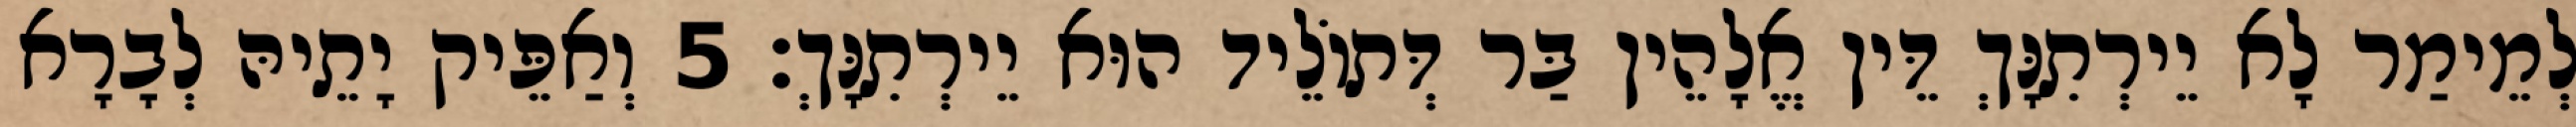
לְמֵימַר לָא יֵירְתִנָּךְ דֵּין אֱלָהֵין בַּר דְּתוֹלֵיד הוּא יֵירְתִנָּךְ׃ 5 וְאַפֵּיק יָתֵיהּ לְבָרָא